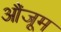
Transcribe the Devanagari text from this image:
औंजूम